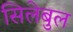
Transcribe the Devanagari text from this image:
सिलेबुल